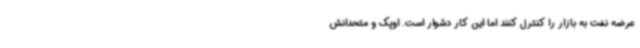
عرضه نفت به بازار را کنترل کنند اما این کار دشوار است. اوپک و متحدانش